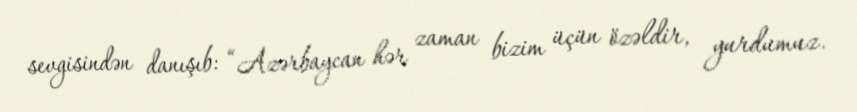
sevgisindən danışıb: “Azərbaycan hər zaman bizim üçün özəldir, yurdumuz.